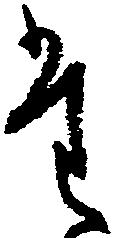
た